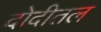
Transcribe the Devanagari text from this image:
दोदीतल